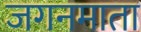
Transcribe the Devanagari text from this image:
जगनमाता